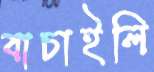
বাচাইলি